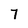
Character: 7